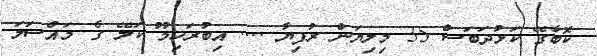
ކޮބާގޭ ކަޅުދަބަސް 35 މިލިޔަން ރުފިޔާ .... އިބުރަހިމޫ ކަލޭ ގެ މައްސަލަ